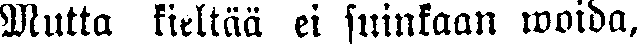
Mutta kieltää ei suinkaan woida,